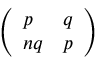
\left( \begin{array} { l l } { p } & { q } \\ { n q } & { p } \end{array} \right)